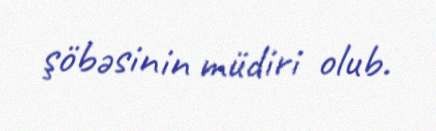
şöbəsinin müdiri olub.